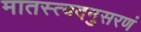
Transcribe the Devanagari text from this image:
मातस्त्वदनुसरणं